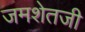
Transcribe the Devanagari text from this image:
जमशेतजी